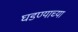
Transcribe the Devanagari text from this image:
घडण्याच्या